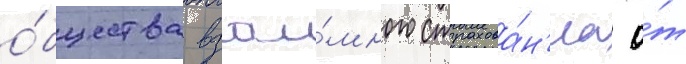
о́бщества взаи́много страхова́н'иа о́т